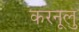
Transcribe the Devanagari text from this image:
करनूलु